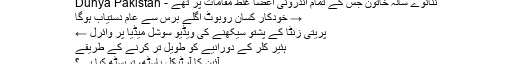
ننانوے سالہ خاتون جس کے تمام اندرونی اعضا غلط مقامات پر تھے - Dunya Pakistan
→ خودکار کسان روبوٹ اگلے برس سے عام دستیاب ہوگا
پریتی زنٹا کے پشتو سیکھنے کی ویڈیو سوشل میڈیا پر وائرل ←
ہئیر کلر کے دورانیے کو طویل تر کرنے کے طریقے
آئین کا آرٹیکل باسٹھ، تریسٹھ کیا ہے؟